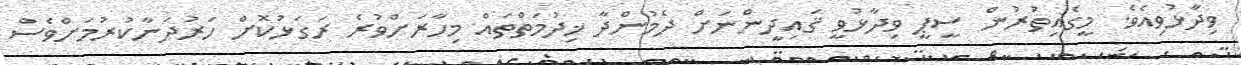
ވިދާޅުވިއެވެ. މީގެއިތުރުން ސީޕީ ވިދާޅުވީ ޤައިދީންނަށް ދެމުންދާ ޚިދުމަތްތައް މިހާރަށްވުރެ ރަގަޅުކޮށް ހަރުދަނާކުރުމަށްވެސް